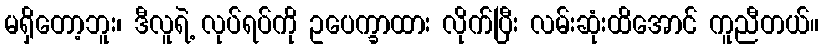
မရှိတော့ဘူး၊ ဒီလူရဲ့ လုပ်ရပ်ကို ဥပေက္ခာထား လိုက်ပြီး လမ်းဆုံးထိအောင် ကူညီတယ်။